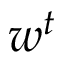
w ^ { t }